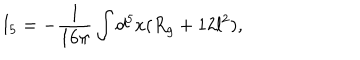
I _ { 5 } = - \frac { 1 } { 1 6 \pi } \int d ^ { 5 } x ( R _ { g } + 1 2 l ^ { 2 } ) ,